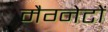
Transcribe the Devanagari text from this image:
मैग्नेटों